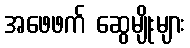
အဖေဖက် ဆွေမျိုးများ